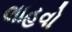
લાહવો